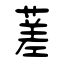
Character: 蒫